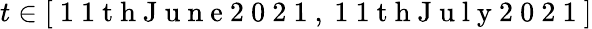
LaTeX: t\in[\mathrm{~1~1~t~h~J~u~n~e~2~0~2~1~},\mathrm{~1~1~t~h~J~u~l~y~2~0~2~1~}]